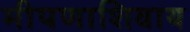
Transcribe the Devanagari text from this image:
मीपणाशिवाय